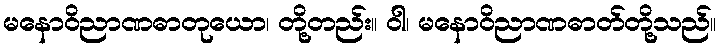
မနောဝိညာဏဓာတုယော၊ တို့တည်း။ ဝါ၊ မနောဝိညာဏဓာတ်တို့သည်။